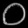
Digit: ၀